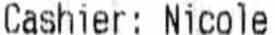
CASHIER: NICOLE